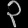
Digit: ၃